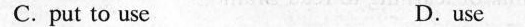
C. put to use D.use